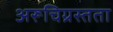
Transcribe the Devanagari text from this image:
अरूचिग्रस्तता